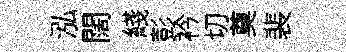
泓闊綫彭衿切奠裴